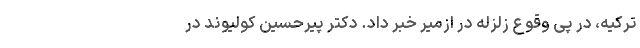
ترکیه، در پی وقوع زلزله در ازمیر خبر داد. دکتر پیرحسین کولیوند در